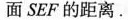
面SEF的距离.